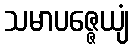
သမာပဇ္ဇေယျံ